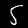
Digit: 5